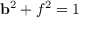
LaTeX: { \bf b } ^ { 2 } + f ^ { 2 } = 1